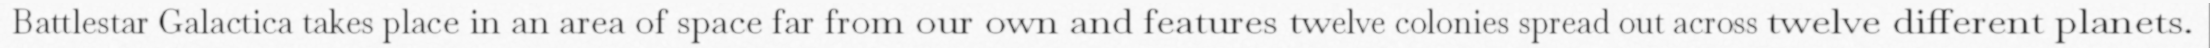
Battlestar Galactica takes place in an area of space far from our own and features twelve colonies spread out across twelve different planets.